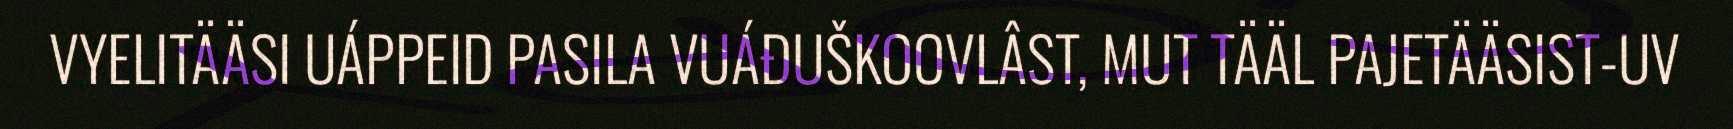
VYELITÄÄSI UÁPPEID PASILA VUÁĐUŠKOOVLÂST, MUT TÄÄL PAJETÄÄSIST-UV